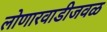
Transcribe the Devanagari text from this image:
लोणारवाडीजवळ